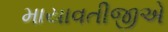
માયાવતીજીએ